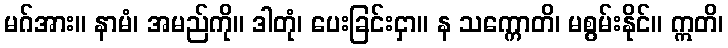
မဂ်အား။ နာမံ၊ အမည်ကို။ ဒါတုံ၊ ပေးခြင်းငှာ။ န သက္ကောတိ၊ မစွမ်းနိုင်။ ဣတိ၊